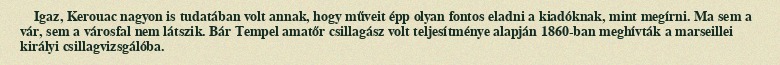
Igaz, Kerouac nagyon is tudatában volt annak, hogy műveit épp olyan fontos eladni a kiadóknak, mint megírni. Ma sem a vár, sem a városfal nem látszik. Bár Tempel amatőr csillagász volt teljesítménye alapján 1860-ban meghívták a marseillei királyi csillagvizsgálóba.